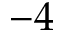
- 4